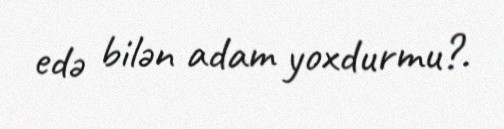
edə bilən adam yoxdurmu?.